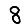
Digit: 8